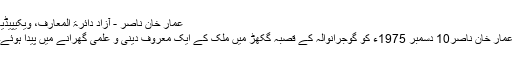
عمار خان ناصر - آزاد دائرۃ المعارف، ویکیپیڈیا
عمار خان ناصر10 دسمبر 1975ء کو گوجرانوالہ کے قصبہ گکھڑ میں ملک کے ایک معروف دینی و علمی گھرانے میں پیدا ہوئے۔